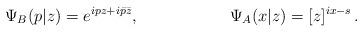
LaTeX: \begin{align*}\Psi_B (p|z) = e^{ipz+i\bar p\bar z}, && \Psi_A (x|z) = [z]^{ix-s}\,.\end{align*}